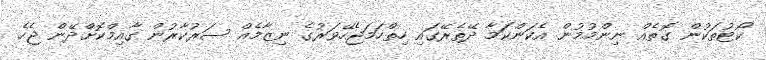
ކޯޓުތަކުން ގޮތެއް ނިންމުމުން އެކަންކަމާ ދޭތެރޭގައި ހިތްހަމަޖެހޭވަރުގެ ނިޒާމެއް ސަރުކާރުން ގާއިމްކޮށްދޭން ޖެހެ